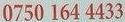
0750 164 4433